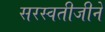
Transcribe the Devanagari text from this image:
सरस्वतीजीने